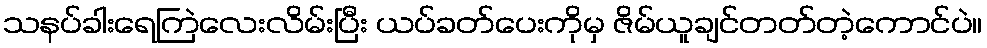
သနပ်ခါးရေကြဲလေးလိမ်းပြီး ယပ်ခတ်ပေးကိုမှ ဇိမ်ယူချင်တတ်တဲ့ကောင်ပဲ။